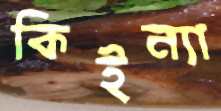
কিইন্যা